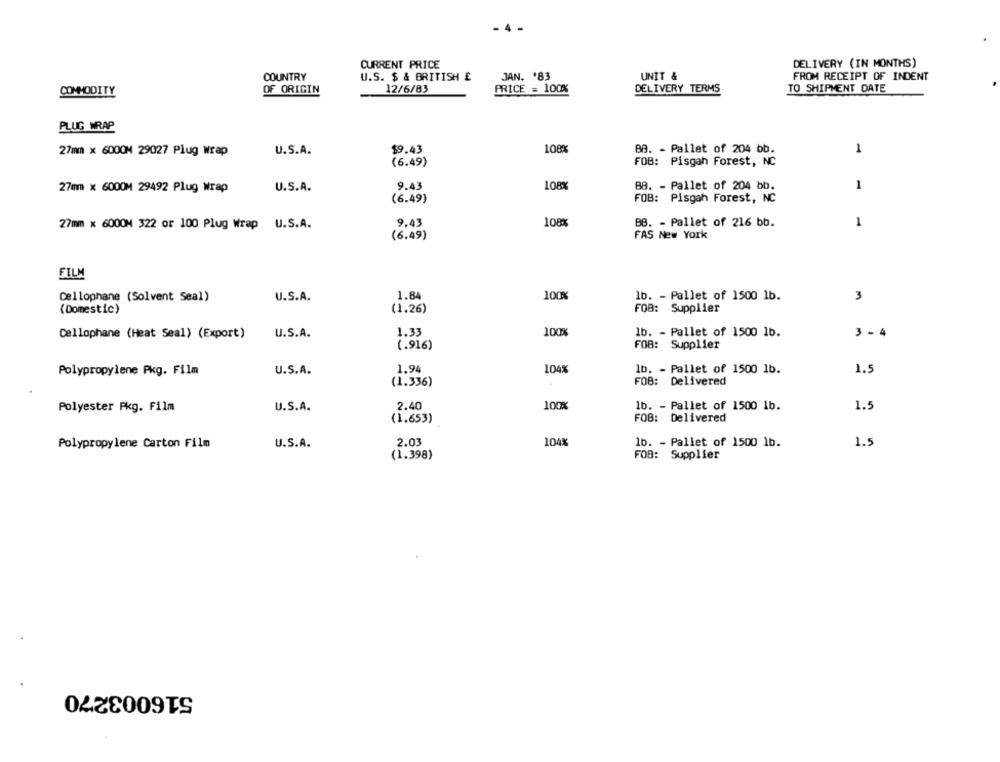
CURRENT PRICE
DELIVERY (IN MONTHS)
COUNTRY
U.S. $ & BRITISH £
JAN. '83
UNIT &
FROM RECEIPT OF INDENT
OF ORIGIN
12/6/83
PRICE = 100%
DELIVERY TERMS
TO SHIPMENT DATE
COMMODITY
PLUG WRAP
27mm × 6000M 29027 Plug Wrap
U.S.A.
$9.43
108%
BB. - Pallet of 204 bb.
1
(6.49)
FOB: Pisgah Forest, NC
27mm x 6000M 29492 Plug Wrap
U.S.A.
9.43
108%
BB. - Pallet of 204 bb.
(6.49)
FOB: Pisgah Forest, NC
108%
27mm x 6000M 322 or 100 Plug Wrap
U.S.A.
9.43
BB. - Pallet of 216 bb.
1
(6.49)
FAS New York
FILM
Cellophane (Solvent Seal)
U.S.A.
1.84
100%
lb. - Pallet of 1500 1b.
3
(Domestic)
(1.26)
FOB: Supplier
Cellophane (Heat Seal) (Export)
U.S.A.
1.33
100%
lb. - Pallet of 1500 1b.
3 - 4
(.916)
FOB: Supplier
Polypropylene Pkg. Film
U.S.A.
1.94
104%
lb. - Pallet of 1500 1b.
1.5
(1.336)
FOB: Delivered
100%
Polyester Pkg. Film
U.S.A.
2.40
lb. - Pallet of 1500 1b.
1.5
(1.653)
FOB: Delivered
2.03
104%
1b. - Pallet of 1500 1b.
1.5
Polypropylene Carton Film
U.S.A.
(1.398)
FOB: Supplier
516003270